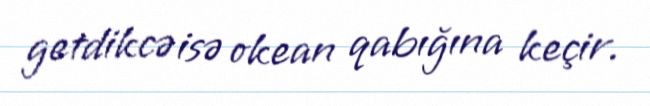
getdikcə isə okean qabığına keçir.